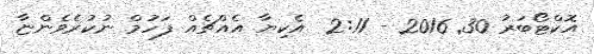
އޮކްޓޯބަރު 30